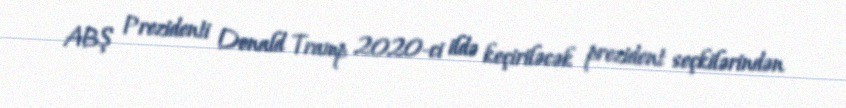
ABŞ Prezidenti Donald Tramp 2020-ci ildə keçiriləcək prezident seçkilərindən